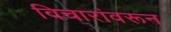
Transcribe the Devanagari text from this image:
विचारांवरून